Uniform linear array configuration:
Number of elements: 12
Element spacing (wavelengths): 0.5
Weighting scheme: binomial
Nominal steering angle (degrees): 60
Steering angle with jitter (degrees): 58.667
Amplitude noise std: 0.05
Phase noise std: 0.05

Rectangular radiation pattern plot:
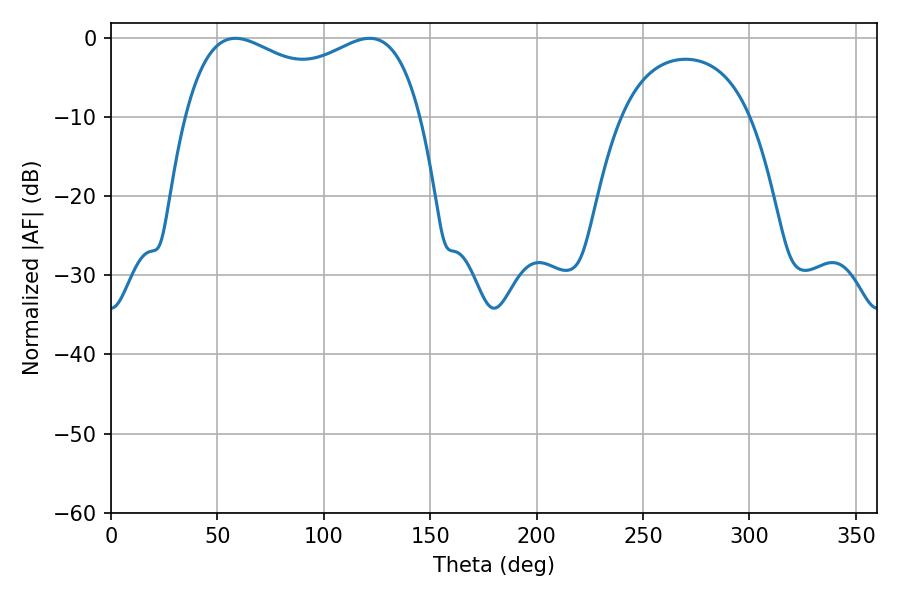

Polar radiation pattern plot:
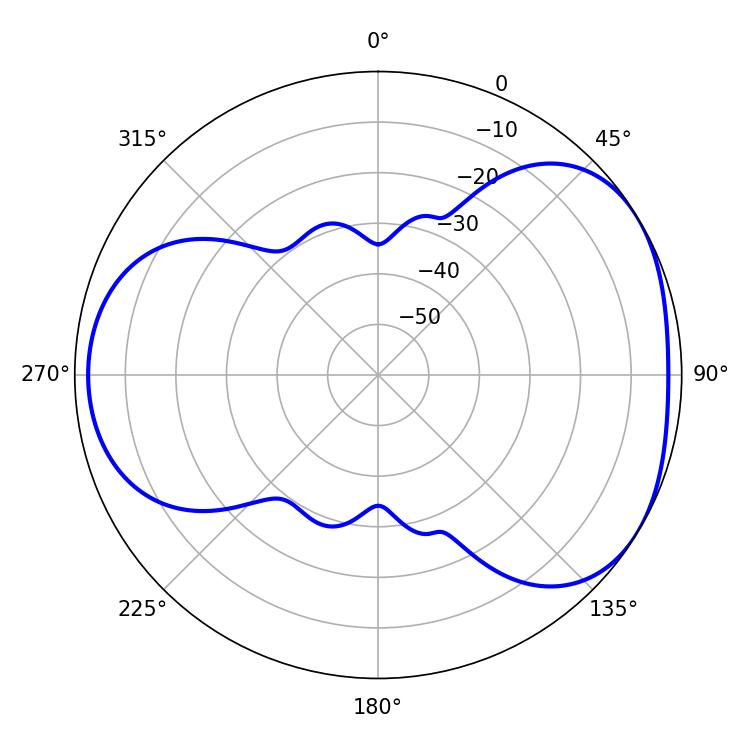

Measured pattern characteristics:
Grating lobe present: FALSE
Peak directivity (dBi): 4.169
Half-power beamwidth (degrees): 91.8
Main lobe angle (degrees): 58.5